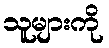
သူများကို